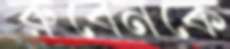
রুবেনকে